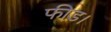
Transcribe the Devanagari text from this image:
फीड।